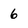
Character: 6